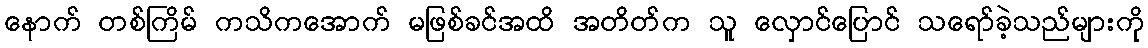
နောက် တစ်ကြိမ် ကသိကအောက် မဖြစ်ခင်အထိ အတိတ်က သူ လှောင်ပြောင် သရော်ခဲ့သည်များကို